Scottish Leaving Certificate Examination, 1960
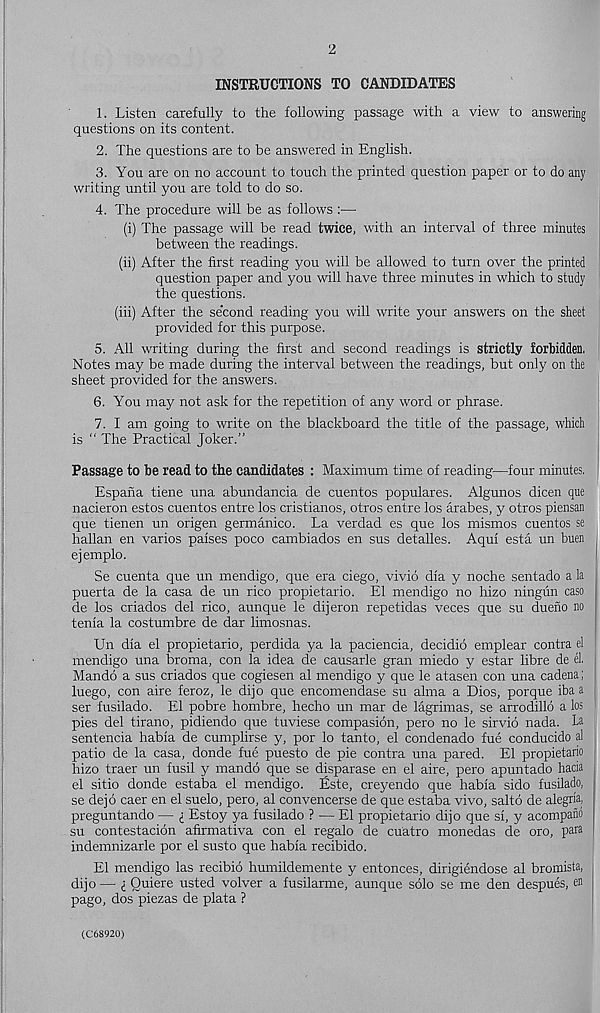
INSTRUCTIONS TO CANDIDATES
1. Listen carefully to the following passage with a view to answering
questions on its content.
2. The questions are to be answered in English.
3. You are on no account to touch the printed question paper or to do any
writing until you are told to do so.
4. The procedure will be as follows :—
(i) The passage will be read twice, with an interval of three minutes
between the readings.
(ii) After the first reading you will be allowed to turn over the printed
question paper and you will have three minutes in which to study
the questions.
(iii) After the second reading you will write your answers on the sheet
provided for this purpose.
5. All writing during the first and second readings is strictly forbidden.
Notes may be made during the interval between the readings, but only on the
sheet provided for the answers.
6. You may not ask for the repetition of any word or phrase.
7. I am going to write on the blackboard the title of the passage, which
is “ The Practical Joker.”
Passage to be read to the candidates : Maximum time of reading—four minutes.
Espana tiene una abundancia de cuentos populares. Algunos dicen que
nacieron estos cuentos entre los cristianos, otros entre los arabes, y otros piensan
que tienen un origen germanico. La verdad es que los mismos cuentos se
hallan en varios parses poco cambiados en sus detalles. Aqui esta un buen
ejemplo.
Se cuenta que un mendigo, que era ciego, vivid dia y noche sentado a la
puerta de la casa de un rico propietario. El mendigo no hizo ningun caso
de los criados del rico, aunque le dijeron repetidas veces que su dueno no
tenia la costumbre de dar limosnas.
Un dia el propietario, perdida ya la paciencia, decidid emplear contra el
mendigo una broma, con la idea de causarle gran miedo y estar libre de el.
Mandd a sus criados que cogiesen al mendigo y que le atasen con una cadena;
luego, con aire feroz, le dijo que encomendase su alma a Dios, porque iba a
ser fusilado. El pobre hombre, hecho un mar de lagrimas, se arrodilld a los
pies del tirano, pidiendo que tuviese compasidn, pero no le sirvid nada. La
sentencia habia de cumplirse y, por lo tanto, el condenado fue conducido al
patio de la casa, donde fue puesto de pie contra una pared. El propietario
hizo traer un fusil y mandd que se disparase en el aire, pero apuntado hacia
el sitio donde estaba el mendigo. Este, creyendo que habia sido fusilado,
se dejd caer en el suelo, pero, al convencerse de que estaba vivo, saltd de alegria,
preguntando — i Estoy ya fusilado ? — El propietario dijo que si, y acompano
su contestacidn afirmativa con el regalo de cuatro monedas de oro, para
indemnizarle por el susto que habia recibido.
El mendigo las recibid humildemente y entonces, dirigiendose al bromista,
dijo — i Ouiere usted volver a fusilarme, aunque solo se me den despues, en
pago, dos piezas de plata ?
(C68920)